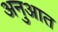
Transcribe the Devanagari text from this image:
अनुआत